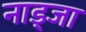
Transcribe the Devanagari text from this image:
नाड्जा